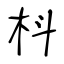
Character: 枓